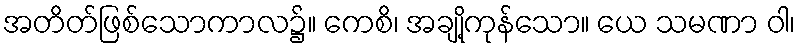
အတိတ်ဖြစ်သောကာလ၌။ ကေစိ၊ အချို့ကုန်သော။ ယေ သမဏာ ဝါ၊